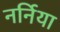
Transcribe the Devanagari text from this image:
नर्निया